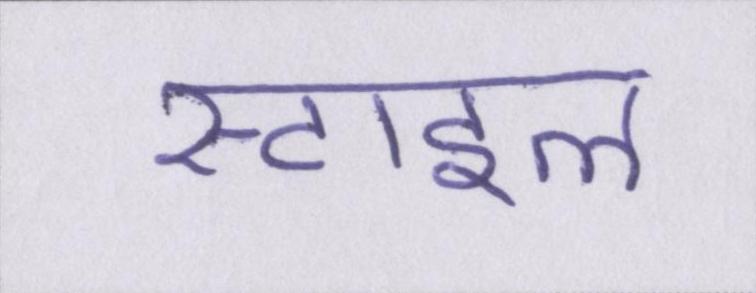
स्टाइल